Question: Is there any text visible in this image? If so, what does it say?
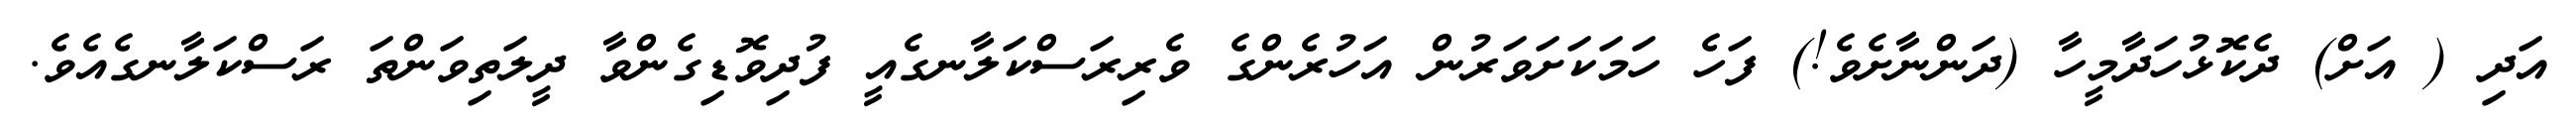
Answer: އަދި ( އަށް) ދެކޮޅުހަދާމީހާ (ދަންނާށެވެ!) ފަހެ ހަމަކަށަވަރުން އަހުރެންގެ ވެރިރަސްކަލާނގެއީ ފުދިވޮޑިގެންވާ ދީލަތިވަންތަ ރަސްކަލާނގެއެވެ.